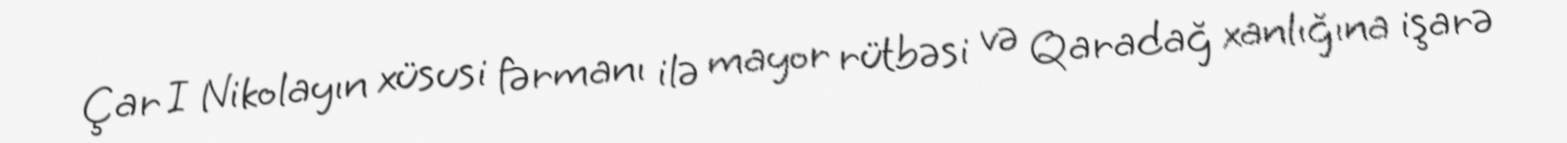
Çar I Nikolayın xüsusi fərmanı ilə mayor rütbəsi və Qaradağ xanlığına işarə